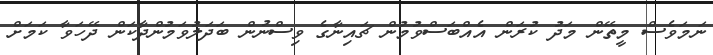
ނަމަވެސް މީތޭން މަދު ކުރަން އެއްބަސްވުމުން ޗައިނާގެ ވިސްނުން ބަދަލުވަމުންދާކަން ދޭހަވާ ކަމަށް